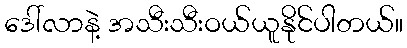
ဒေါ်လာနဲ့ အသီးသီးဝယ်ယူနိုင်ပါတယ်။